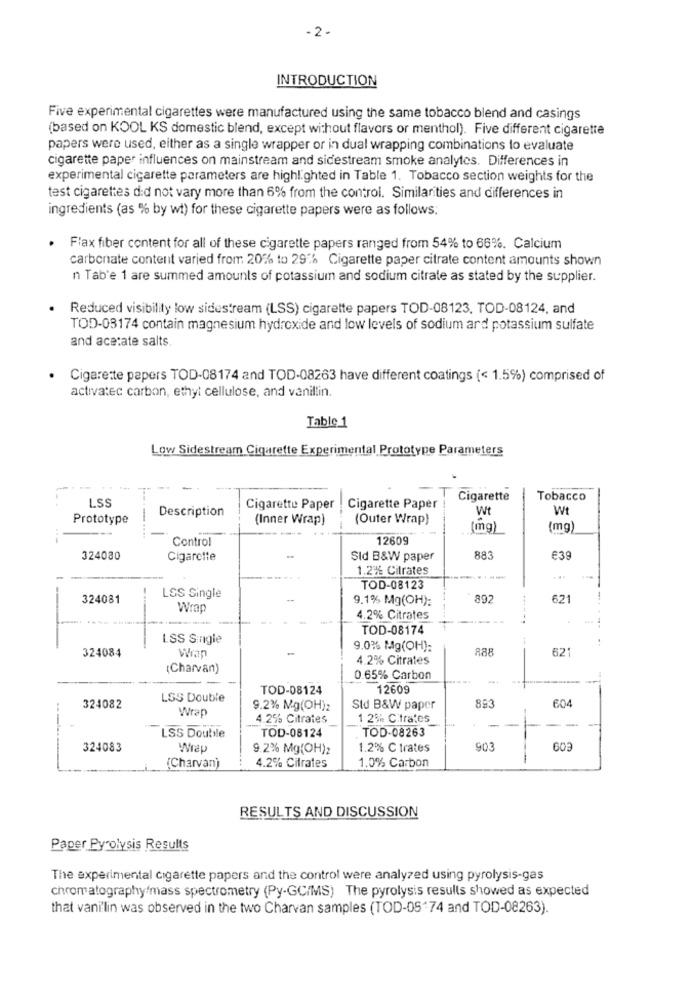
-2-
INTRODUCTION
Five experimental cigarettes were manufactured using the same tobacco blend and casings
(based on KOOL KS domestic blend, except without flavors or menthol). Five different cigarette
papers were used, either as a single wrapper or in dual wrapping combinations to evaluate
cigarette paper influences on mainstream and sidestream smoke analytes. Differences in
experimental cigarette parameters are highlighted in Table 1. Tobacco section weights for the
test cigarettes did not vary more than 6% from the control. Similarities and differences in
ingredients (as % by wt) for these cigarette papers were as follows.
Flax fiber content for all of these cigarette papers ranged from 54% to 66%. Calcium
carbonate content varied from 20% to 29% Cigarette paper citrate content amounts shown
n Tab'e 1 are summed amounts of potassium and sodium citrate as stated by the supplier.
Reduced visibility low sidestream (LSS) cigarette papers TOD-08123, TOD-08124, and
TOD-03174 contain magnesium hydroxide and low levels of sodium ard potassium sulfate
and acetate salts
Cigarette papers TOD-08174 and TOD-08263 have different coatings (< 1.5%) comprised of
activated carbon, ethyl cellulose, and vanillin.
Table 1
Low Sidestream Cigarette Experimental Prototype Parameters
Cigarette
Tobacco
LSS
Description
Cigarette Paper
Cigarette Paper
Wt
Wt
Prototype
(Inner Wrap)
(Outer Wrap)
---
(mg)
(mg)
-....
Control
12609
324080
Cigarette
Sld B&W paper
883
€39
1.2% Citrates
LSS Single
TOD-08123
--
324081
9.1% Mg(OH):
892
621
Wrap
4.2% Citrates
TOD-08174
LSS Single
324084
Wran
9.0% Mg(OH):
888
62
4.2% Citrates
(Charvan)
0.65% Carbon
TOD-08124
12609
LSS Double
893
324082
Wrap
9.2% Mg(OH)z
Std B&W paper
604
4.2% Citrates
1 2% Citrates
TOD-08263
-
LSS Double
TOD-08124
324083
Wrap
9.2% Mg(OH);
1.2% C trates
903
60
1.0% Carbon
(Charvan)
4.2% Citrates
RESULTS AND DISCUSSION
Paper Pyrolysis Results
The experimental cigarette papers and the control were analyzed using pyrolysis-gas
chromatography/mass spectrometry (Py-GC/MS) The pyrolysis results showed as expected
that vanillin was observed in the two Charvan samples (TOD-05"74 and TOD-08263).